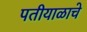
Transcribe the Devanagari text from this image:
पतीयाळाचे